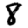
Digit: 8